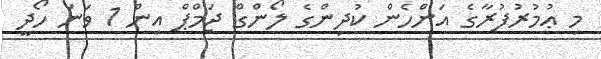
މި ޢުމުރުފުރާގެ އަންހެން ކުދިންގެ ލޯންގް ޖަމްޕް އިން 1 ވަނަ ހޯދީ